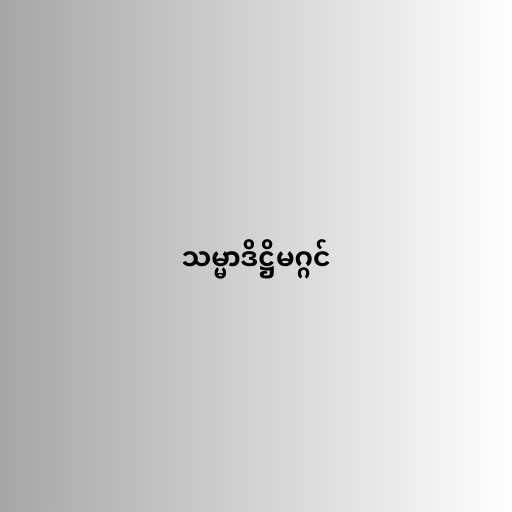
သမ္မာဒိဋ္ဌိမဂ္ဂင်